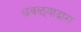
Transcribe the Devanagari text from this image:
धवळ्याद्वारा